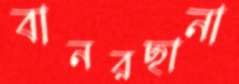
বানরছানা